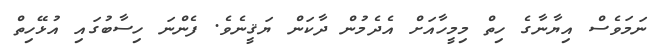
ނަމަވެސް އިޔާނާގެ ހިތް މިމީހާއަށް އެދެމުން ދާކަން ޔަޤީނެވެ. ފެންނަ ހިސާބުގައި އުޅޭހިތް